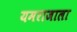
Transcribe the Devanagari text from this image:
यमराजाला